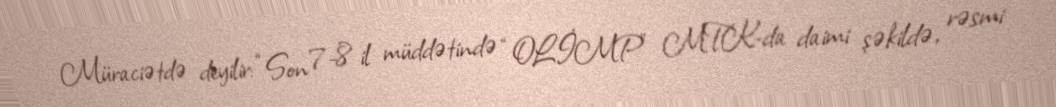
Müraciətdə deyilir: “Son 7-8 il müddətində “OLİMP” MTK-da daimi şəkildə, rəsmi